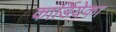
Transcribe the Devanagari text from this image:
कार्डियेका